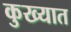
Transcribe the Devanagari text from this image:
कुख्‍यात